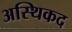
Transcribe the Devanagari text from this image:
अस्थिकद